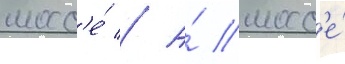
шосс'е́ // А́ шосс'е́